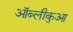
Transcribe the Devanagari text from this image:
ऑब्लीकुआ